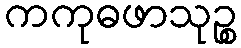
ကကုဓဖာသုဉ္စ